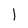
Character: 1